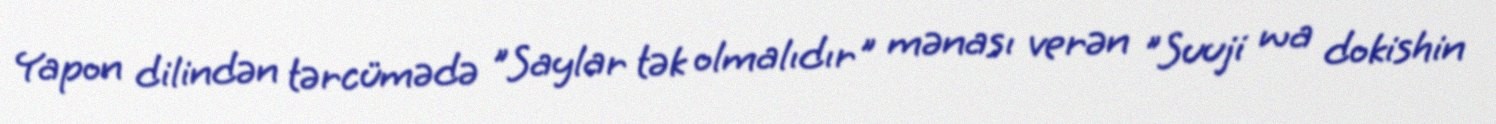
Yapon dilindən tərcümədə "Saylar tək olmalıdır" mənası verən "Suuji wa dokishin